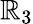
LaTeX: \mathbb{R}_{3}